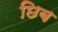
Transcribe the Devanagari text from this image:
छिब